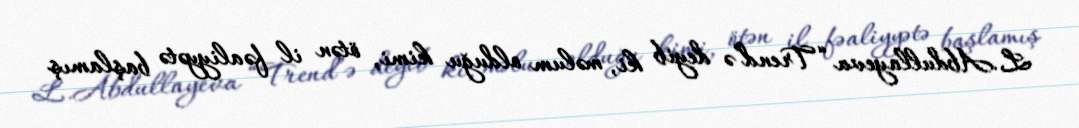
L.Abdullayeva “Trend”ə deyib ki, məlum olduğu kimi, ötən il fəaliyyətə başlamış